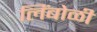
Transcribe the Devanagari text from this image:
लिंबोळी